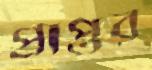
প্রাপ্তর